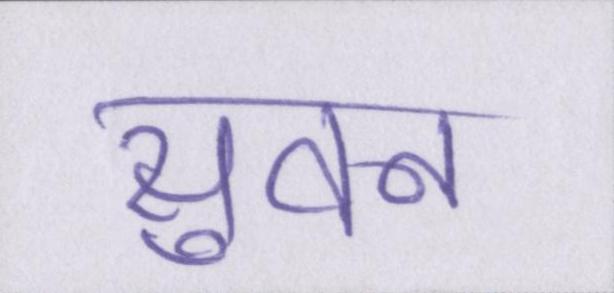
सुवन